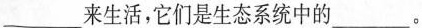
___来生活，它们是生态系统中的___。